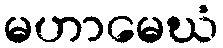
မဟာမေဃံ